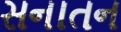
સનાતન